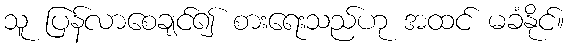
သူ ပြန်လာစေချင်၍ စားရေးသည်ဟု အထင် မခံနိုင်။